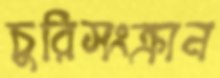
চুরিসংক্রান